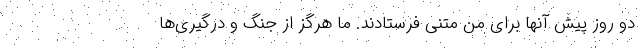
دو روز پیش آنها برای من متنی فرستادند. ما هرگز از جنگ و درگیری‌ها